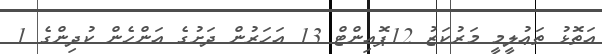
އަތޮޅު ތަޢުލީމީ މަރުކަޒު 12ޕޮއިންޓް 13 އަހަރުން ދަށުގެ އަންހެން ކުދިންގެ 1